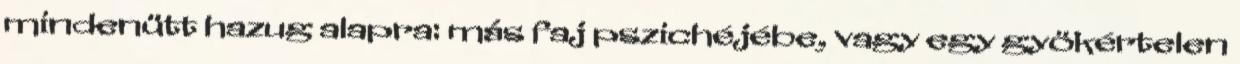
mindenütt hazug alapra: más faj pszichéjébe, vagy egy gyökértelen